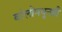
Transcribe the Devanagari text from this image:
बरेलीमधूनही